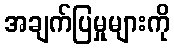
အချက်ပြမှုများကို